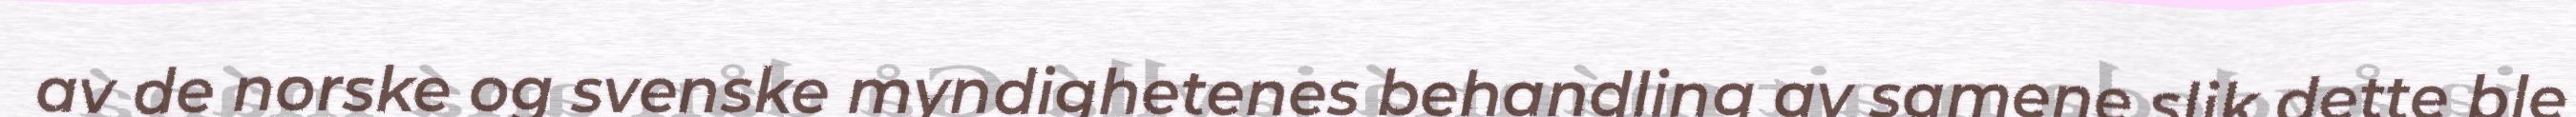
av de norske og svenske myndighetenes behandling av samene slik dette ble